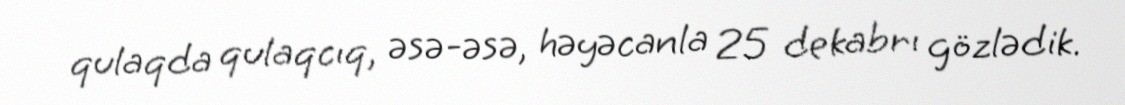
qulaqda qulaqcıq, əsə-əsə, həyəcanla 25 dekabrı gözlədik.